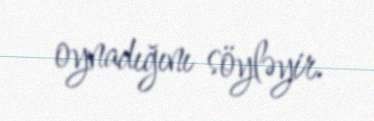
oynadığını söyləyir.